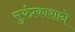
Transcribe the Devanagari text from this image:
सुर्यप्रकाशाने